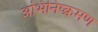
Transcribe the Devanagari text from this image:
अभिनिष्क्रमण